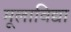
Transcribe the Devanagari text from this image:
मूलाविद्या